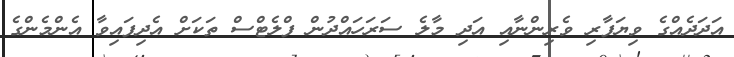
އަދަދެއްގެ ވިޔަފާރި ވެރިންނާއި އަދި މާލެ ސަރަހައްދުން ފްލެޓްސް ތަކަށް އެދިފައިވާ އެންމެންގެ